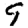
Digit: 9